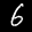
Label: 6